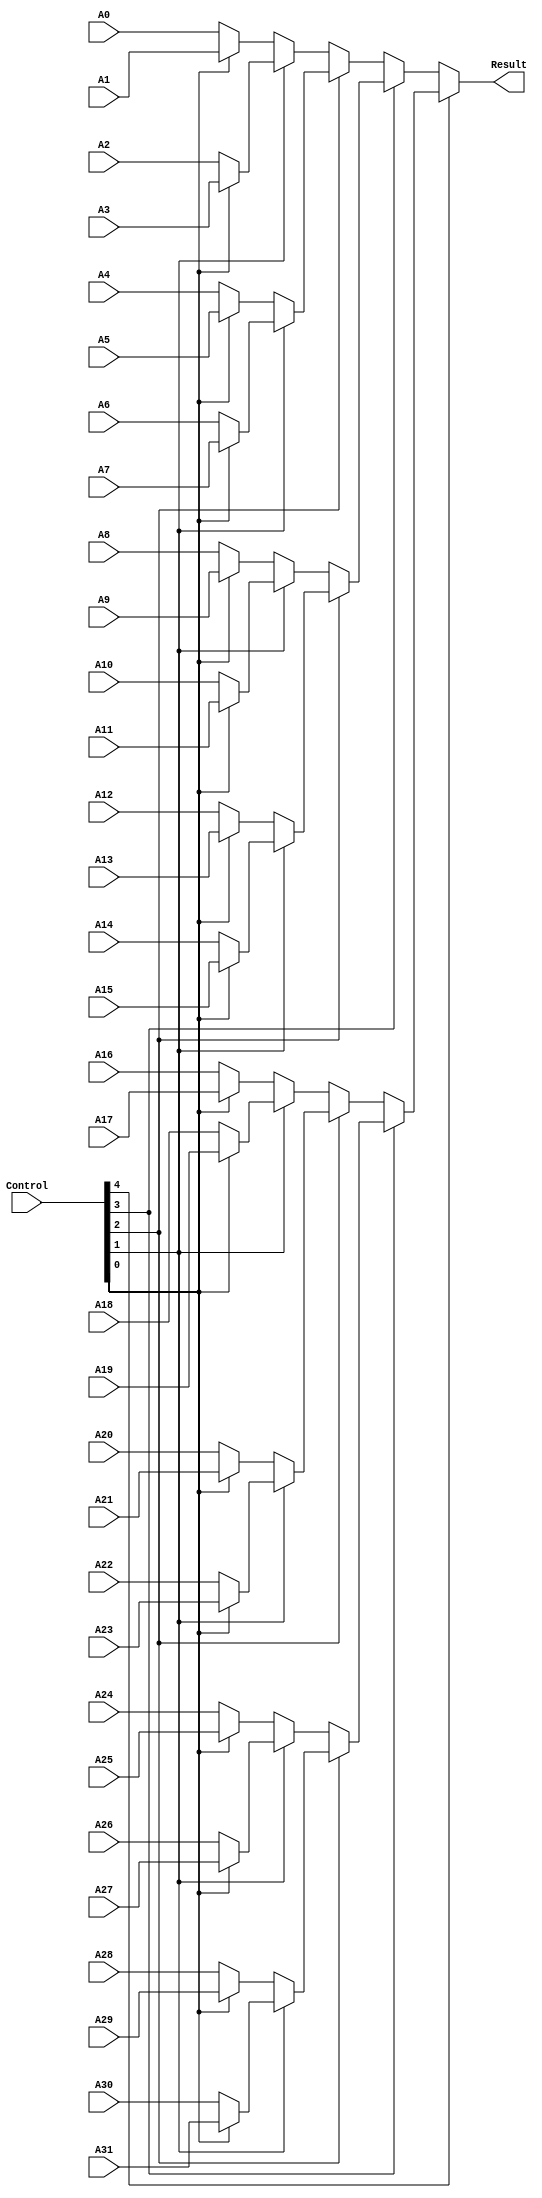
/*
 * ----------------------------------------------------------
 * Multiplexes 32 channels to 1. Written by Eric Sakshaug
 * ----------------------------------------------------------
 */

module mux_32_1 (
		 Control,
		 A0, A1, A2, A3, A4, A5, A6, A7, A8, A9, A10, A11, A12,
		 A13, A14, A15, A16, A17, A18, A19, A20, A21, A22, A23,
		 A24, A25, A26, A27, A28, A29, A30, A31, Result);

   input  [15:0] A0, A1, A2, A3, A4, A5, A6, A7, A8, A9, A10, A11, A12,
		 A13, A14, A15, A16, A17, A18, A19, A20, A21, A22, A23,
		 A24, A25, A26, A27, A28, A29, A30, A31;
   input  [4:0]  Control;
   output [15:0] Result;
   
   assign Result = (Control[4] == 0
		    ?(Control[3] == 0
		      ?(Control[2] == 0
			?(Control[1] == 0
			  ?(Control[0] == 0
			    ? A0             //5'b00000
			    : A1)            //5'b00001
			  :(Control[0] == 0
			    ? A2             //5'b00010
			    : A3)
			  )           //5'b00011
			:(Control[1] == 0
			  ?(Control[0] == 0
			    ? A4             //5'b00100
			    : A5)            //5'b00101
			  :(Control[0] == 0
			    ? A6             //5'b00110
			    : A7)
			  )
			)          //5'b00111
		      :(Control[2] == 0
			?(Control[1] == 0
			  ?(Control[0] == 0
			    ? A8             //5'b01000
			    : A9)            //5'b01001
			  :(Control[0] == 0
			    ? A10            //5'b01010
			    : A11)
			  )          //5'b01011
			:(Control[1] == 0
			  ?(Control[0] == 0
			    ? A12            //5'b01100
			    : A13)           //5'b01101
			  :(Control[0] == 0
			    ? A14            //5'b01110
			    : A15)
			  )
			)
		      )         //5'b01111
		    :(Control[3] == 0
		      ?(Control[2] == 0
			?(Control[1] == 0
			  ?(Control[0] == 0
			    ? A16              //5'b10000
			    : A17)             //5'b10001
			  :(Control[0] == 0
			    ? A18              //5'b10010
			    : A19)
			  )            //5'b10011
			:(Control[1] == 0
			  ?(Control[0] == 0
			    ? A20              //5'b10100
			    : A21)             //5'b10101
			  :(Control[0] == 0
			    ? A22              //5'b10110
			    : A23)
			  )
			)
		      //5'b10111
		      :(Control[2] == 0
			?(Control[1] == 0
			  ?(Control[0] == 0
			    ? A24              //5'b11000
			    : A25)             //5'b11001
			  :(Control[0] == 0
			    ? A26              //5'b11010
			    : A27)
			  )            //5'b11011
			:(Control[1] == 0
			  ?(Control[0] == 0
			    ? A28              //5'b11100
			    : A29)             //5'b11101
			  :(Control[0] == 0
			    ? A30              //5'b11110
			    : A31)
			  )
			)
		      ) 
		    )       //5'b11111
     ;
endmodule // mux_32_1